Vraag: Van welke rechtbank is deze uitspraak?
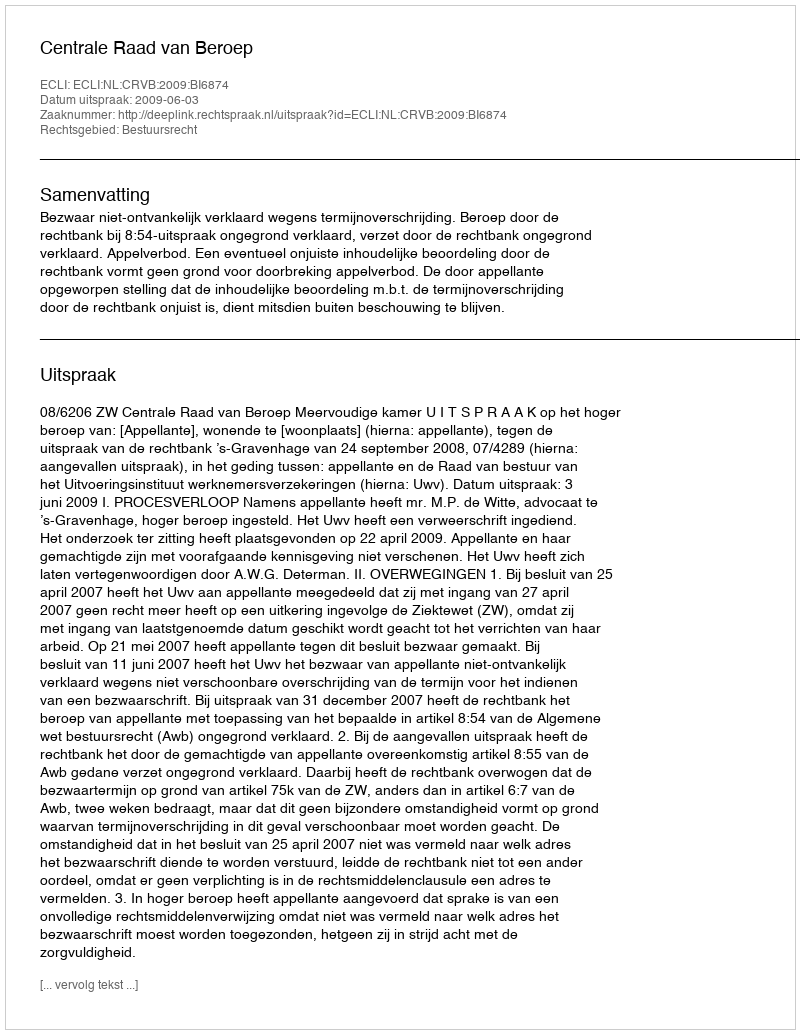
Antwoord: Centrale Raad van Beroep